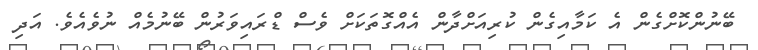
ބޭނުންކޮށްގެން އެ ކަމާއިގެން ކުރިއަށްދާން އެއްގޮތަކަށް ވެސް ޑްރައިވަރުން ބޭނުމެއް ނުވެއެވެ. އަދި